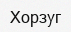
Хорзуг